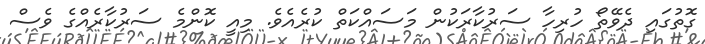
ގޮތުގައި ދެވޭތޯ ހުރިހާ ސަރުކާރަކުން މަސައްކަތް ކުރެއެވެ. މިއީ ކޮންމެ ސަރުކާރެއްގެ ވެސް